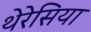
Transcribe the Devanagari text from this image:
थेरेसिया